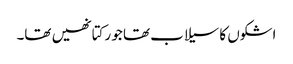
اشکوں کا سیلاب تھا جو رکتا نھیں تھا۔